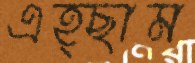
এহ্ছাম